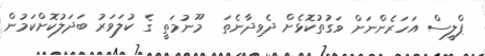
ޕްލީސް އަހަރެންނަށް ވަގުތުކޮޅެށް ދެވިދާނެތަ  މޫނުމަތީ ގެ ކުލަވަރު ބަދަލުކޮށްކަމުން